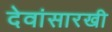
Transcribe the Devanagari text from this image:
देवांसारखी